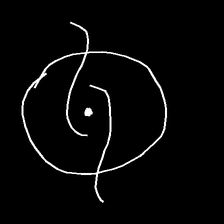
Glyph: repetition